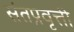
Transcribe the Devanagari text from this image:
संतप्रवृत्ती